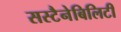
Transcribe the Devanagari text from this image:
सस्टैनेबिलिटी